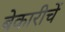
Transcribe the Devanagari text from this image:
बेकारीचें